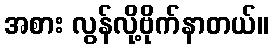
အစား လွန်လို့ဗိုက်နာတယ်။